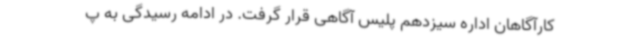
کارآگاهان اداره سیزدهم پلیس آگاهی قرار گرفت. در ادامه رسیدگی به پ